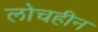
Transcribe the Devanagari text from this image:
लोचहीन